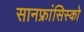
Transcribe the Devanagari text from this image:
सानफ्रांसिस्को